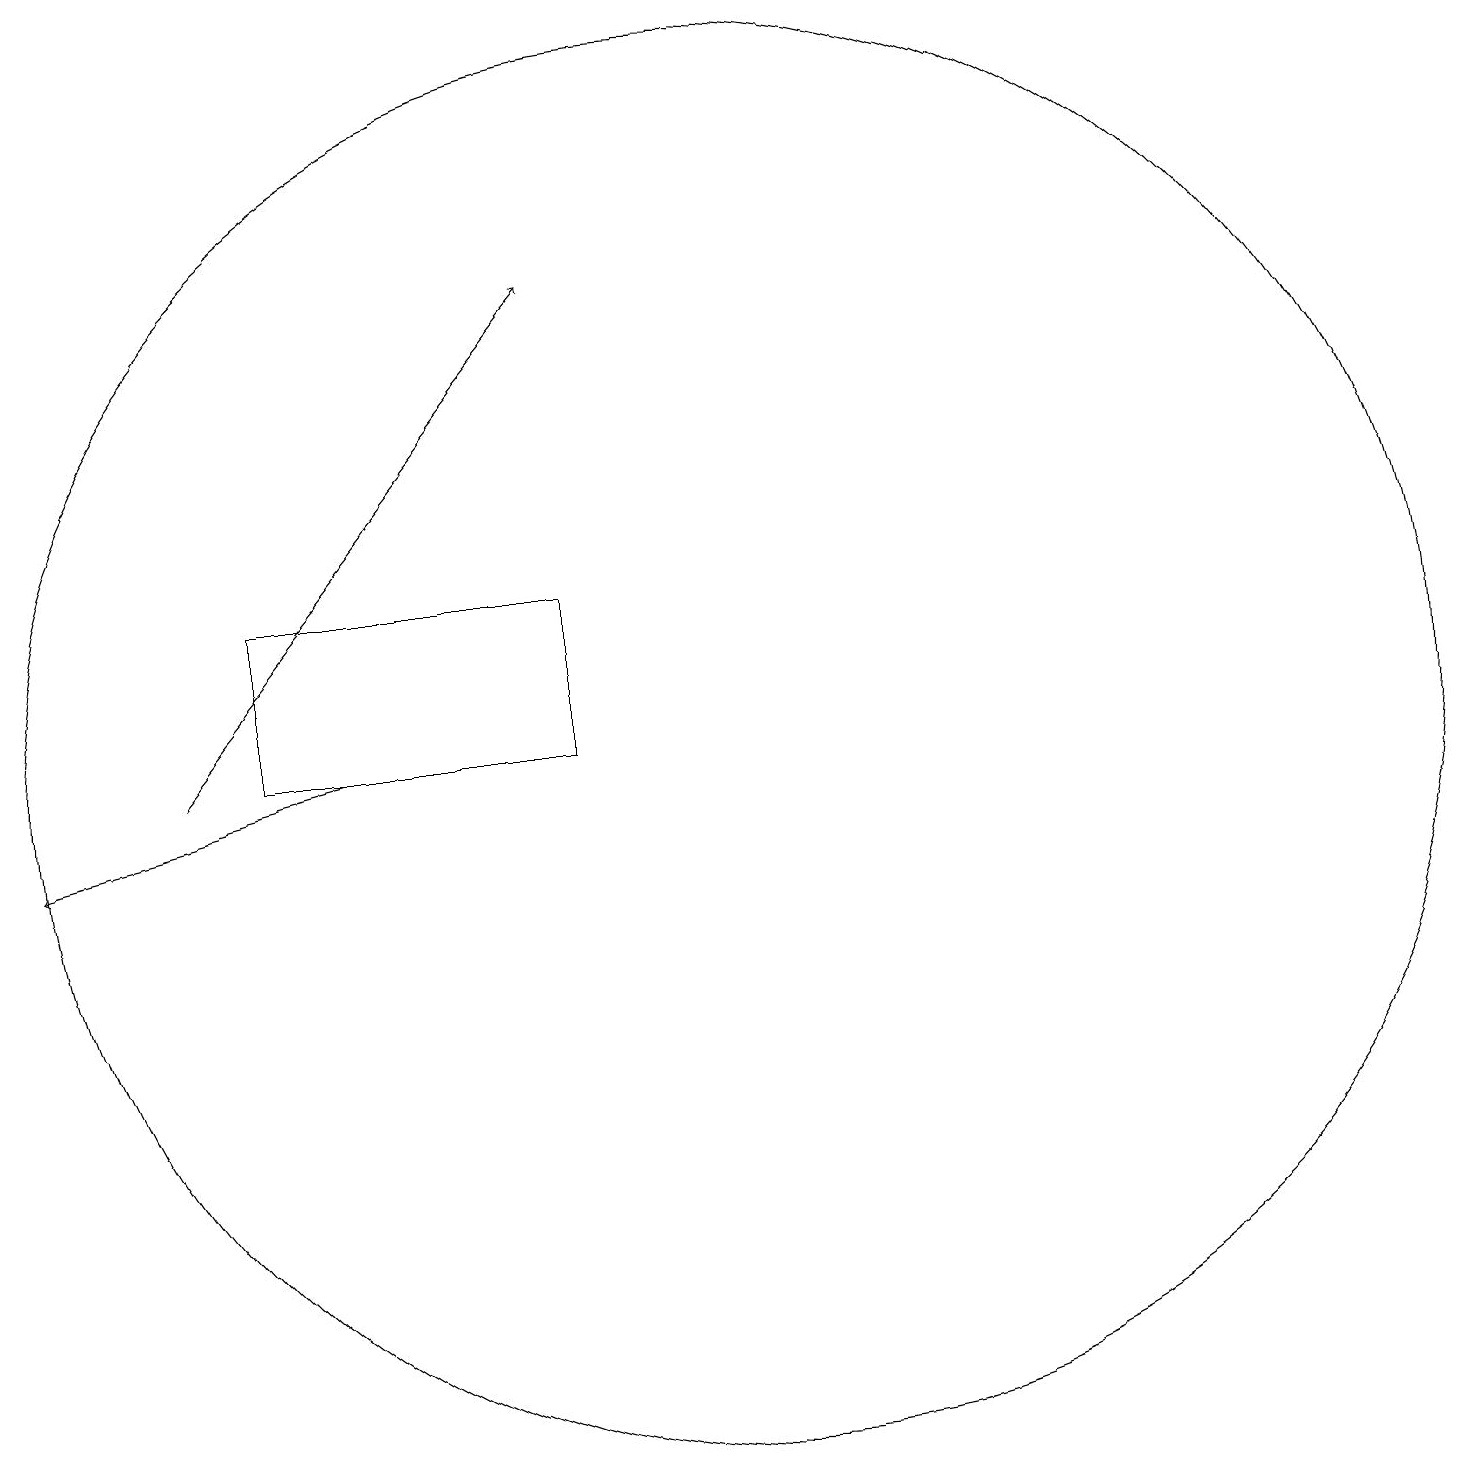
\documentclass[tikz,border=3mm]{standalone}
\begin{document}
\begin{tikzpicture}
\draw (5,14) rectangle (9,12);
\draw[->] (4,12) -- (9,18);
\draw[->] (6,12) -- (2,11);
\draw (11,12) circle (9);
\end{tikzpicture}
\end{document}